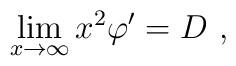
\lim_{x \rightarrow \infty} x^2 \varphi' = D\ ,